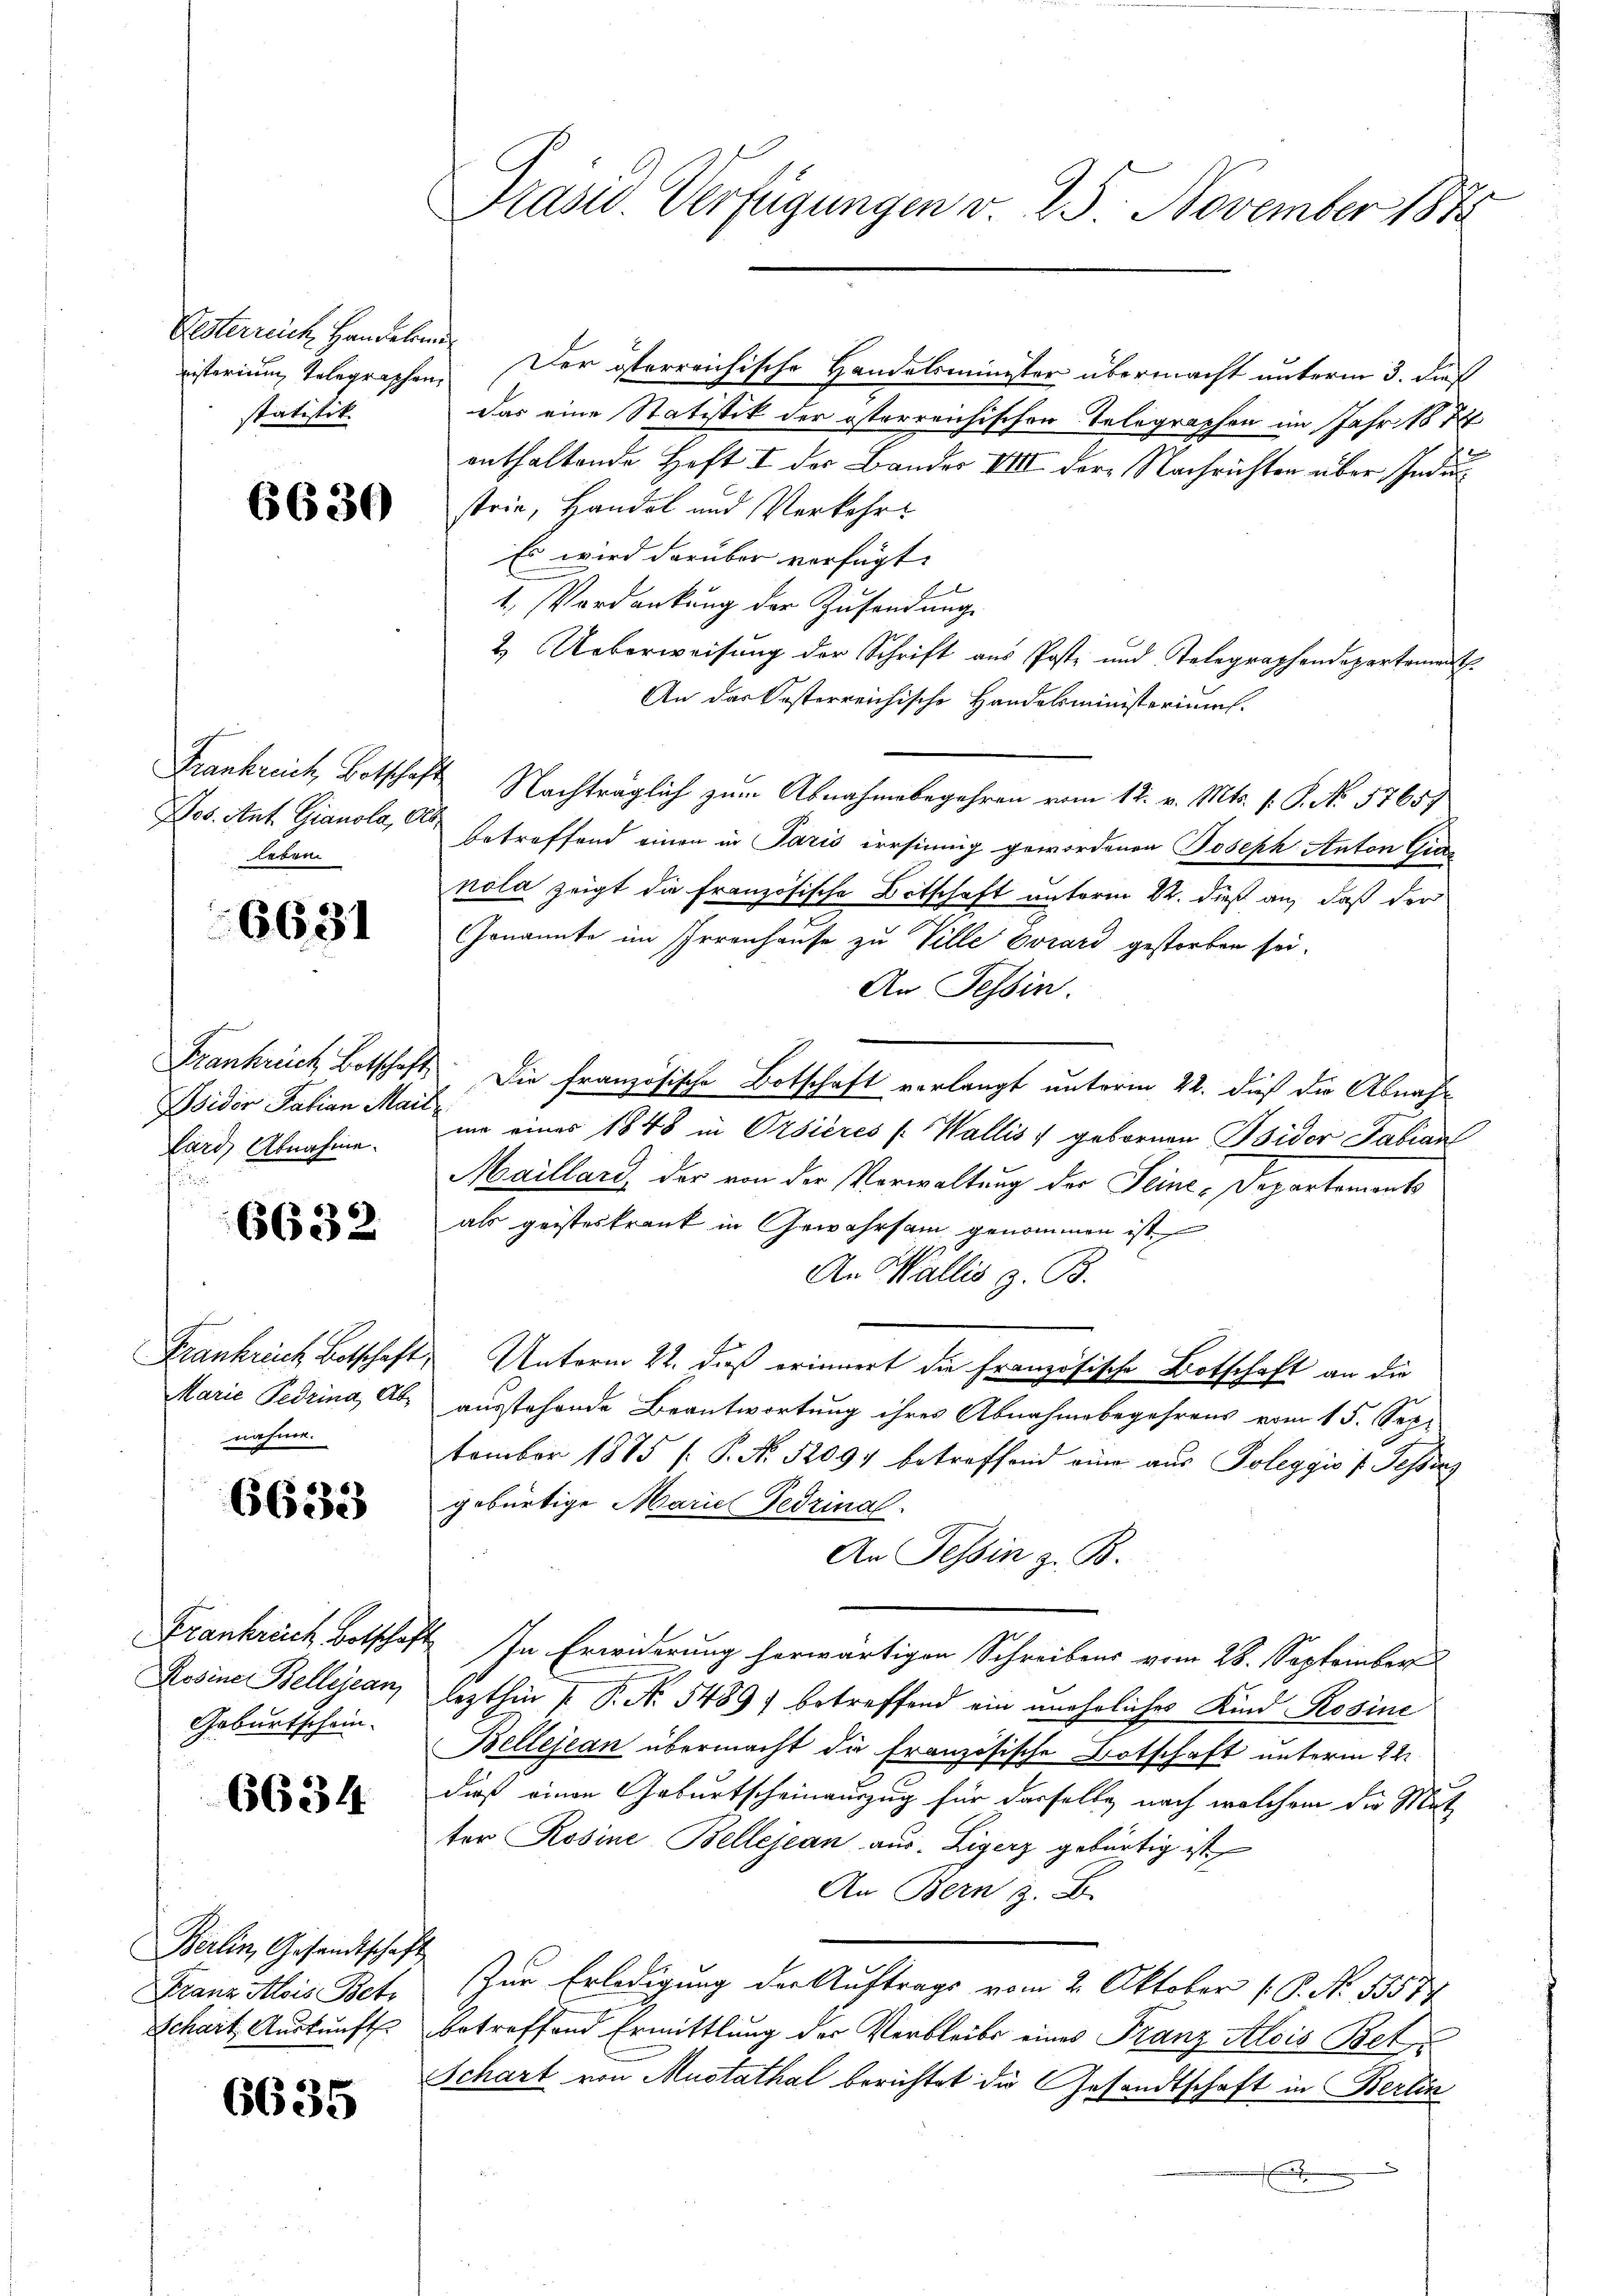
Gesterreich Handeren
statistik.

6630

Nos. Ant. Gianola, Ab
Aben

6631

Isidor Fabian Mail
lard Abnahme.

6632

Marie Pedrina, Abnahme.

6633

Rosine Bellejean
Geburtschein.

6634

Berlin, Gesandtschaft
Franz Alois Betr

6635

Präsid. Verfügungen v. 25. November 187

nisterium Telegraphen. Der österreichische Handelsminister übermacht unterm 3. dieß
Das eine Statistik der österreichischen Telegraphen im Jahr 1874
enthaltende Haft I der Bandes VIII der Nachrichten über Industrie, Handel und Verkehr
Es wird darüber verfügt:
.
1. Verdankung der Zusendung
2. Ueberweisung der Schrift aus Poste und Telegraphendepartement.
An das besterreichische Handelsministerium.
Frankreich, Botschaft Nachträglich zum Abnahmebegehren vom 12. v. Mts. f. P. N. 57657
betreffend einen in Paris irrsinnig gewordenen Joseph Anton Gies
nola zeigt die Französische Bitschaft unterm 22. dieß an, daß der
Genannte im Irrenhause zu Ville Corard gestorben sei.
An Tessin.
Frankrech Botschaft. Die Französische Botschaft verlangt unterm 22. dieß die Abnahme einer 1848 in Orsieres (Wallis, gebornen Bsidor Fabian
Maillard, der von der Vorwaltung der Seine-Departements
als geisteskrank in Gewahrsam genommen ist
An Wallis z. B.
Frankreich Botschaft, Unterm 22. dieß erinnert die Französische Botschaft an die
ausstehende Beantwortung ihres Abnahmebegehrens vom 15. Sep.
tember 1885 /: P. No. 52091 betreffend eine aŭs Poleggio f. Fessenz
gebürtige Mariel Fedzinal
An Tessin z. B.
Frankreich Botschaft. In Erwiderung herwärtigen Schreibens vom 28. September
lezthin P. P. Nr. 5489) betreffend ein unehrliches Kind Rosine
Bellejean übermacht die Französische Botschaft unterm 22.
dieß einen Geburtscheinauszug für dasselbe nach welchem die Mutz
ter Rosine Bellejean aus. Eigerz gebürtig ist
An Bern z. B.
Zur Erledigung der Auftrags vom 2. Oktober P. No. 1857/
Schart Auskunft betreffend Ermittlung der Verbleibs eines Franz Alois Bet¬
Schart von Mustathal berichtet die Gesandtschaft in Berlin